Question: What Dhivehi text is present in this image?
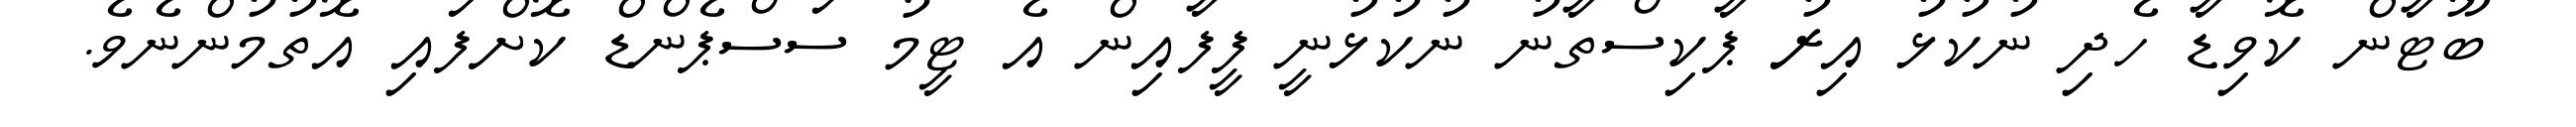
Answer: ބޫޓާން ކޮވިޑާ ހެދި ނުކުޅު އިރު ޕާކިސްތާނު ނުކުޅުނީ ފީފާއިން އެ ޓީމު ސަސްޕެންޑް ކޮށްފައި އޮތުމުންނެވެ.